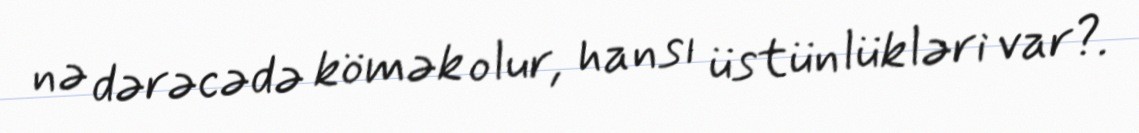
nə dərəcədə kömək olur, hansı üstünlükləri var?.